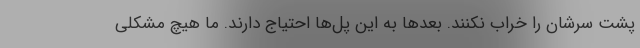
پشت سرشان را خراب نکنند. بعدها به این پل‌ها احتیاج دارند. ما هیچ مشکلی